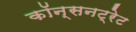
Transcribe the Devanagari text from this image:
कॉन्सनट्रेट